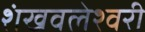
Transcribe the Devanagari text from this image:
शंखवलेश्वरी